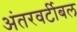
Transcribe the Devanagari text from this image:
अंतरवर्टीबल